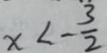
x < - \frac { 3 } { 2 }